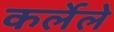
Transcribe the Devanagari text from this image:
कर्लेले